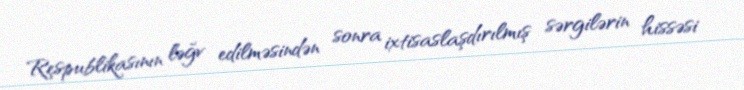
Respublikasının ləğv edilməsindən sonra ixtisaslaşdırılmış sərgilərin hissəsi